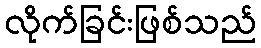
လိုက်ခြင်းဖြစ်သည်